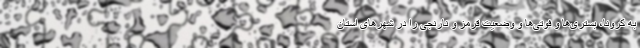
به کرونا، بستری‌ها و فوتی‌ها و وضعیت قرمز و نارنجی را در شهرهای استان